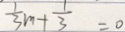
\frac { 1 } { 3 } m + \frac { 1 } { 3 } = 0